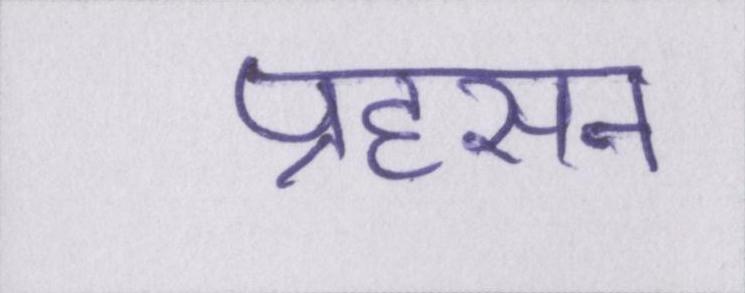
प्रहसन